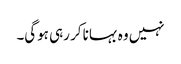
نہیں وہ بہانا کر رہی ہوگی۔